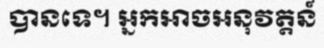
បានទេ។ អ្នកអាចអនុវត្តន៍